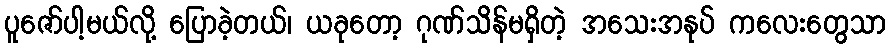
ပူဇော်ပါ့မယ်လို့ ပြောခဲ့တယ်၊ ယခုတော့ ဂုဏ်သိန်မရှိတဲ့ အသေးအနုပ် ကလေးတွေသာ